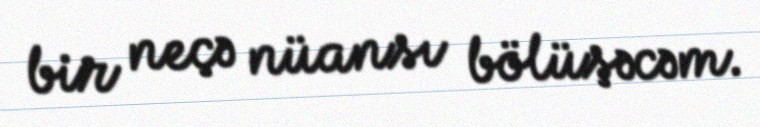
bir neçə nüansı bölüşəcəm.